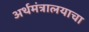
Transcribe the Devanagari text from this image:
अर्थमंत्रालयाचा